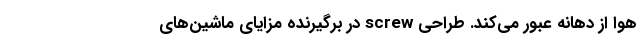
هوا از دهانه عبور می‌کند. طراحی screw در برگیرنده مزایای ماشین‌های